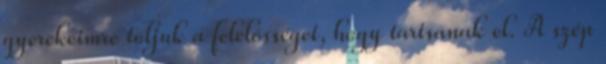
gyerekeimre toljuk a felelősséget, hogy tartsanak el. A szép